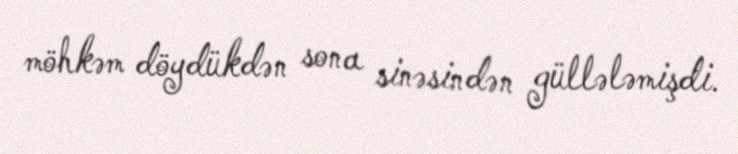
möhkəm döydükdən sona sinəsindən güllələmişdi.